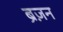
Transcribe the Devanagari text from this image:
ब्रेज़न